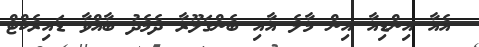
އެއާ އިންޑިއާ އިން މާލެ އާއި ބެންގަލޫރާ ދެމެދު ބާއްވާ ޑައިރެކްޓް